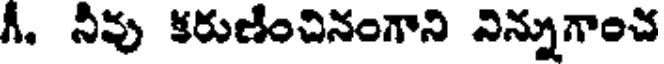
గీ, నీవు కరుణించినంగాని నిన్నుగాంచ